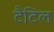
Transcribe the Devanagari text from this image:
टैटिल